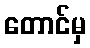
တောင်မှ